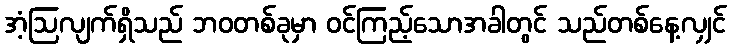
အံ့ဩလျက်ရှိသည် ဘဝတစ်ခုမှာ ဝင်ကြည့်သောအခါတွင် သည်တစ်နေ့လျှင်